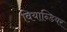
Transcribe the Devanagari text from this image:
वियान्डियर